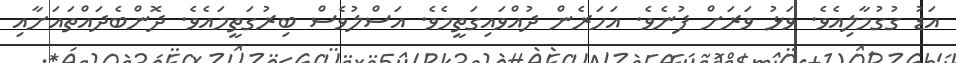
އަޑު ގުގުމާލިއެވެ. ވަޅު ވަރަށް ފުނެވެ. އަހަރެން ދުއްވައިގަތީމެވެ. އަސްލުވެސް ބިރުގަތީމައެވެ. ދޮންބެދައްތައަށާއި